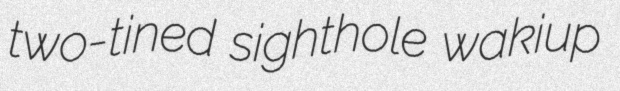
two-tined sighthole wakiup